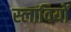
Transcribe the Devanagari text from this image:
स्लावियों